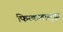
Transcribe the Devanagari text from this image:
फिरकलासुद्धा